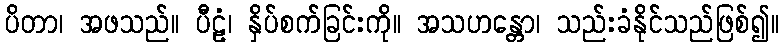
ပိတာ၊ အဖသည်။ ပီဠံ၊ နှိပ်စက်ခြင်းကို။ အသဟန္တော၊ သည်းခံနိုင်သည်ဖြစ်၍။